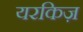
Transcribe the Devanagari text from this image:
यरकिज़